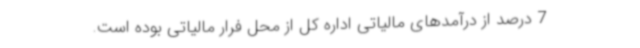
7 درصد از درآمدهای مالیاتی اداره کل از محل فرار مالیاتی بوده است.